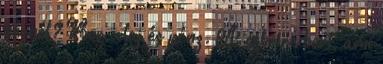
kéznél? Bor, olaj és pénz. A sebeire bort, ami